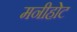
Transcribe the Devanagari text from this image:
मनीहोट